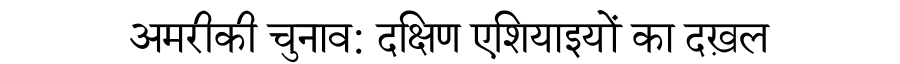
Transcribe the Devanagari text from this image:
अमरीकी चुनाव: दक्षिण एशियाइयों का दख़ल